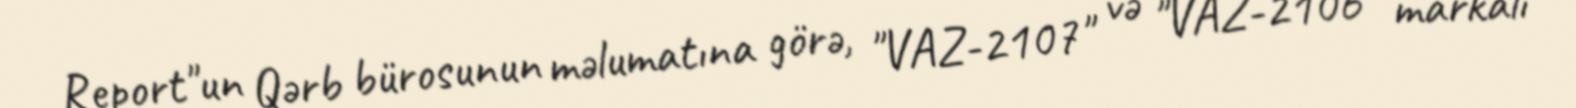
Report"un Qərb bürosunun məlumatına görə, "VAZ-2107" və "VAZ-2106" markalı